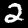
Digit: 2